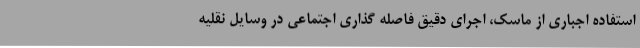
استفاده اجباری از ماسک، اجرای دقیق فاصله گذاری اجتماعی در وسایل نقلیه